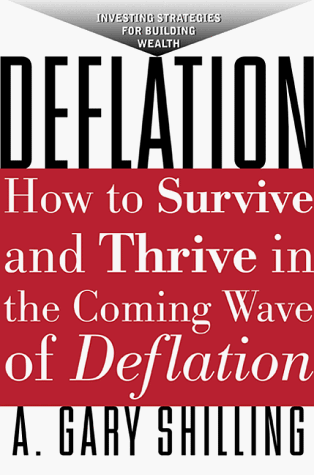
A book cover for Deflation: How to Survive and Thrive in the Coming Wave of Deflation; A. Gary Shilling; Business & Money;